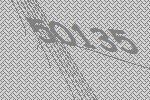
50135